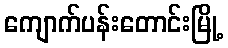
ကျောက်ပန်းတောင်းမြို့